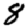
Digit: 8